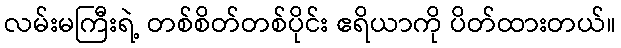
လမ်းမကြီးရဲ့ တစ်စိတ်တစ်ပိုင်း ဧရိယာကို ပိတ်ထားတယ်။